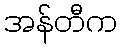
အန်တီက